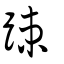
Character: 踈